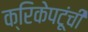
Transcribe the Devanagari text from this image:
क्रिकेपटूंची